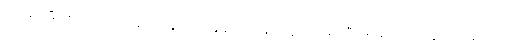
အမျိုးသမီး ဇာတ်လိုက်တွေကလည်း ထူးချွန်ထက်မြက်သူတွေ များပြီး အမျိုးသားတွေ ထက်တောင်